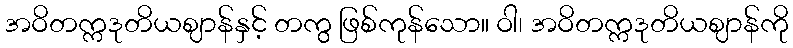
အဝိတက္ကဒုတိယဈာန်နှင့် တကွ ဖြစ်ကုန်သော။ ဝါ၊ အဝိတက္ကဒုတိယဈာန်ကို